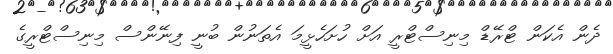
ދެން އެކަން ޓްރޭޑް މިނިސްޓްރީ އަށް ހުށަހެޅީމަ އެތަނުން ބުނީ ފިނޭންސް މިނިސްޓްރީގެ